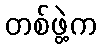
တစ်ဖွဲ့က